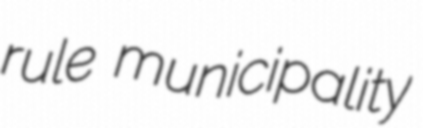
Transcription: rule municipality